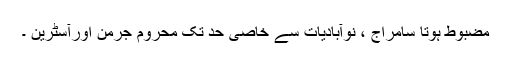
مضبوط ہوتا سامراج ، نوآبادیات سے خاصی حد تک محروم جرمن اورآسٹرین ۔